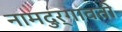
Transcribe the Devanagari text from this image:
नामदुर्गावती